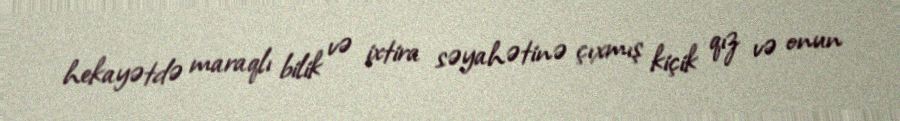
hekayətdə maraqlı bilik və ixtira səyahətinə çıxmış kiçik qız və onun